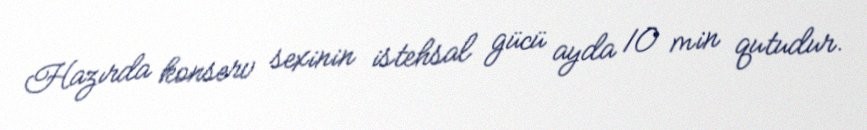
Hazırda konserv sexinin istehsal gücü ayda 10 min qutudur.